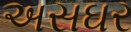
અસઘર